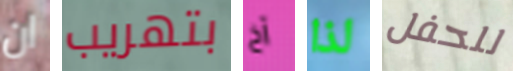
ان بتهريب آخ لذا للحفل